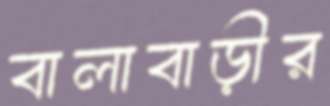
বালাবাড়ীর